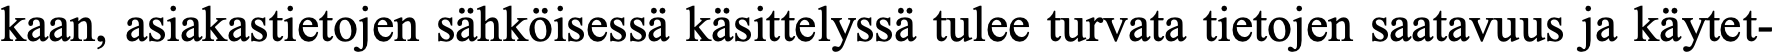
kaan, asiakastietojen sähköisessä käsittelyssä tulee turvata tietojen saatavuus ja käytet-